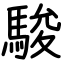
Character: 駿